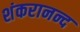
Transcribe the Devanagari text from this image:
शंकरानन्द